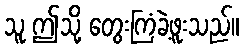
သူ ဤသို့ တွေးကြံခဲ့ဖူးသည်။